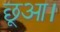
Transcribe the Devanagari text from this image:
छूआ।